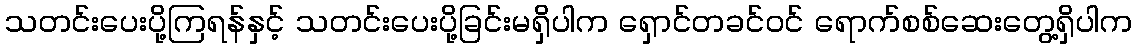
သတင်းပေးပို့ကြရန်နှင့် သတင်းပေးပို့ခြင်းမရှိပါက ရှောင်တခင်ဝင် ရောက်စစ်ဆေးတွေ့ရှိပါက